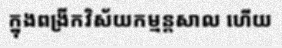
ក្នុងពង្រីកវិស័យកម្មន្តសាល ហើយ